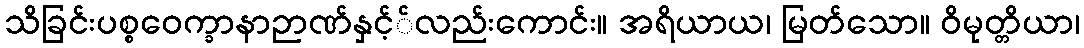
သိခြင်းပစ္စဝေက္ခာနာဉာဏ်နှင့််လည်းကောင်း။ အရိယာယ၊ မြတ်သော။ ဝိမုတ္တိယာ၊